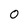
Character: O